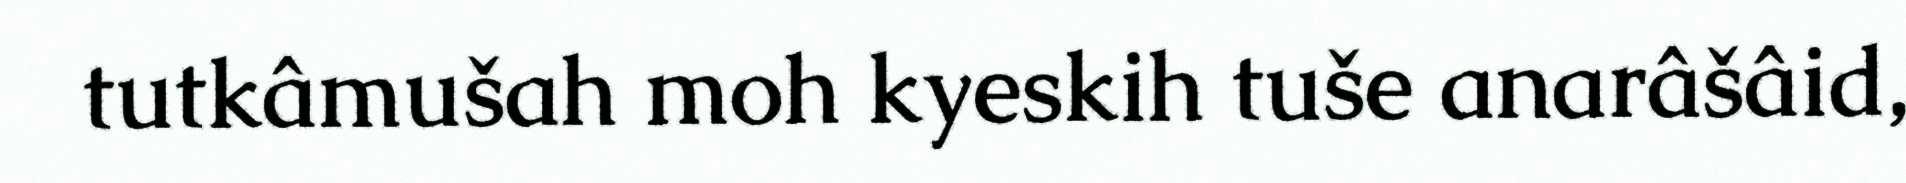
tutkâmušah moh kyeskih tuše anarâšâid,